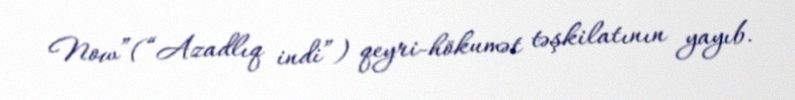
Now”(“Azadlıq indi”) qeyri-hökumət təşkilatının yayıb.